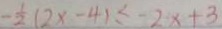
- \frac { 1 } { 2 } ( 2 x - 4 ) \leq - 2 x + 3